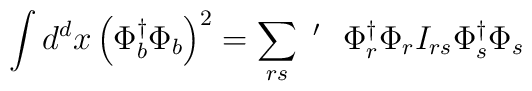
\int d^d x \left( \Phi_b^{\dagger} \Phi_b \right) ^2 = \sum_{rs}~^{\prime}~~\Phi_r^{\dagger} \Phi_r I_{rs} \Phi_s^{\dagger} \Phi_s